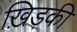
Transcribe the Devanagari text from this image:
ख़िड़की